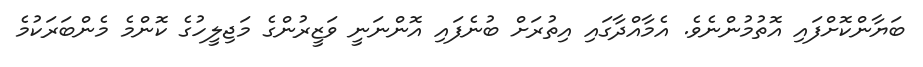
ބަޔާންކޮށްފައި އޮތުމުންނެވެ. އެމާއްދާގައި އިތުރަށް ބުނެފައި އޮންނަނީ ވަޒީރުންގެ މަޖިލީހުގެ ކޮންމެ މެންބަރަކުމެ